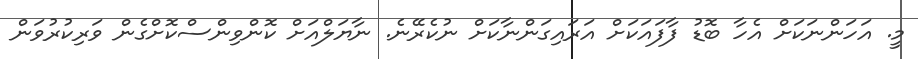
މީ. އަހަންނަކަށް އެހާ ބޮޑު ފާފައަކަށް އަރައިގަންނާކަށް ނުކެރޭނެ. ނާޔަލްއަށް ކޮންވިންސްކޮށްގެން ވަރިކުރުވަން